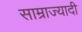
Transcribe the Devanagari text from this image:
साम्राज्यादी